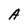
Character: A